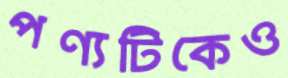
পণ্যটিকেও